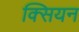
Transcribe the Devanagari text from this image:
क्सियन